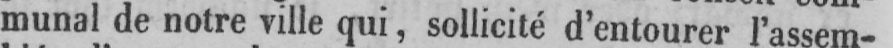
munal de notre ville qui, sollicité d’entourer l’assem-